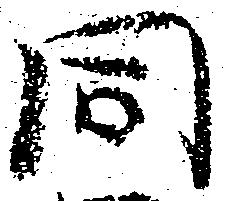
同